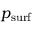
p _ { \mathrm { s u r f } }